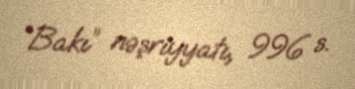
“Bakı” nəşriyyatı, 996 s.